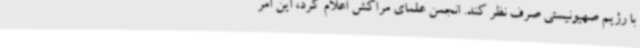
با رژیم صهیونیستی صرف نظر کند. انجمن علمای مراکش اعلام کرد، این امر